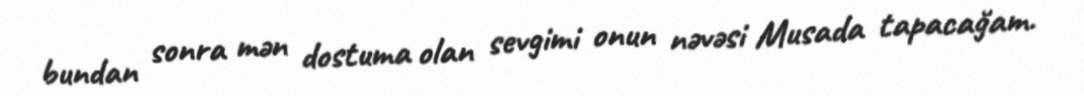
bundan sonra mən dostuma olan sevgimi onun nəvəsi Musada tapacağam.